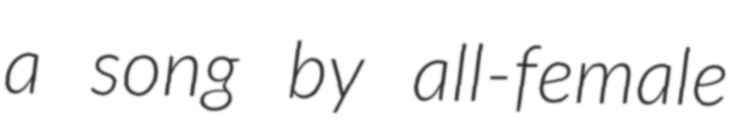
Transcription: a song by all-female